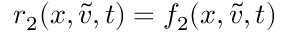
r _ { 2 } ( x , \tilde { v } , t ) = f _ { 2 } ( x , \tilde { v } , t )